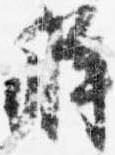
弁